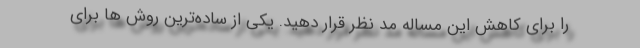
را برای کاهش این مساله مد نظر قرار دهید. یکی از ساده‌ترین روش ها برای